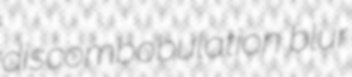
discombobulation blur